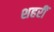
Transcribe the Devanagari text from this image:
शहरीं